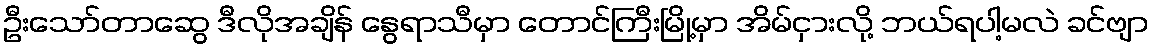
ဦးသော်တာဆွေ ဒီလိုအချိန် နွေရာသီမှာ တောင်ကြီးမြို့မှာ အိမ်ငှားလို့ ဘယ်ရပါ့မလဲ ခင်ဗျာ